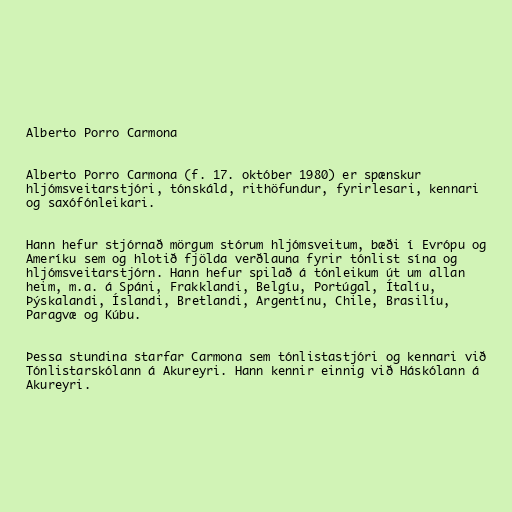
Alberto Porro Carmona

Alberto Porro Carmona (f. 17. október 1980) er spænskur
hljómsveitarstjóri, tónskáld, rithöfundur, fyrirlesari, kennari
og saxófónleikari.

Hann hefur stjórnað mörgum stórum hljómsveitum, bæði í Evrópu og
Ameríku sem og hlotið fjölda verðlauna fyrir tónlist sína og
hljómsveitarstjórn. Hann hefur spilað á tónleikum út um allan
heim, m.a. á Spáni, Frakklandi, Belgíu, Portúgal, Ítalíu,
Þýskalandi, Íslandi, Bretlandi, Argentínu, Chile, Brasilíu,
Paragvæ og Kúbu.

Þessa stundina starfar Carmona sem tónlistastjóri og kennari við
Tónlistarskólann á Akureyri. Hann kennir einnig við Háskólann á
Akureyri.